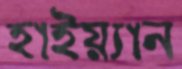
হাইয়্যান